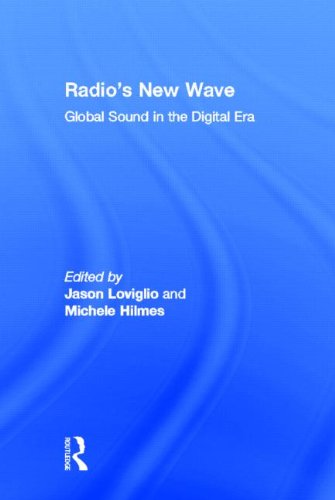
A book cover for Radio's New Wave: Global Sound in the Digital Era; Humor & Entertainment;